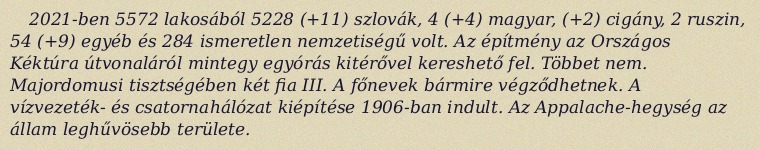
2021-ben 5572 lakosából 5228 (+11) szlovák, 4 (+4) magyar, (+2) cigány, 2 ruszin, 54 (+9) egyéb és 284 ismeretlen nemzetiségű volt. Az építmény az Országos Kéktúra útvonaláról mintegy egyórás kitérővel kereshető fel. Többet nem. Majordomusi tisztségében két fia III. A főnevek bármire végződhetnek. A vízvezeték- és csatornahálózat kiépítése 1906-ban indult. Az Appalache-hegység az állam leghűvösebb területe.